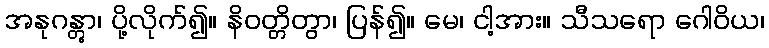
အနုဂန္တွာ၊ ပို့လိုက်၍။ နိဝတ္တိတွာ၊ ပြန်၍။ မေ၊ ငါ့အား။ သီသရော ဂေါဝိယ၊